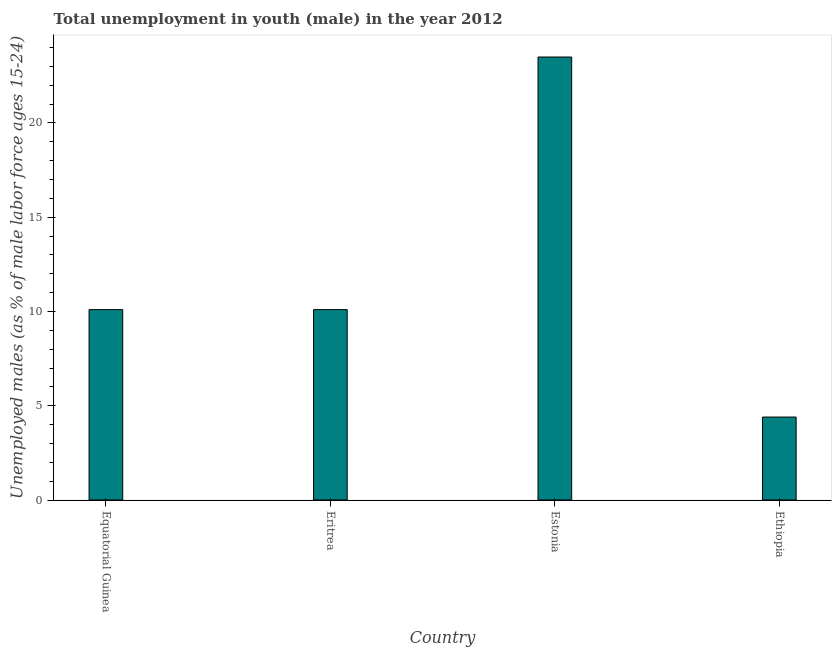
| Country | Unemployment |
 | --- | --- |
 | Equatorial Guinea | 10.1 |
 | Eritrea | 10.1 |
 | Estonia | 23.5 |
 | Ethiopia | 4.4 |